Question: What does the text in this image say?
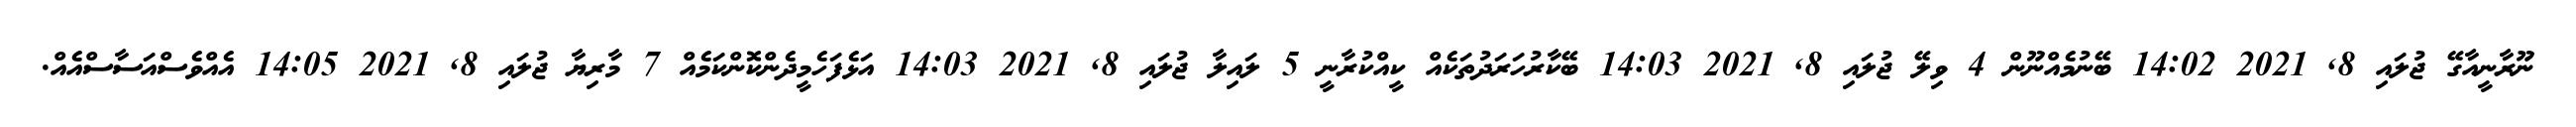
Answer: ނޫރާނީއާގޭ ޖުލައި 8, 2021 14:02 ބޭނުމެއްނޫން 4 ވިލޭ ޖުލައި 8, 2021 14:03 ބޭކާރުހަރަދުތަކެއް ކީއްކުރާނީ 5 ލައިލާ ޖުލައި 8, 2021 14:03 އަޅެފަހެމީދެންކޮންކަމެއް 7 މާރިޔާ ޖުލައި 8, 2021 14:05 އެއްވެސްއަސާސްއެއް.